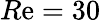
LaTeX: R\mathrm{e}=30